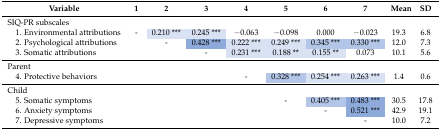
<table><thead><tr><td><b>Variable</b></td><td><b>1</b></td><td><b>2</b></td><td><b>3</b></td><td><b>4</b></td><td><b>5</b></td><td><b>6</b></td><td><b>7</b></td><td><b>Mean</b></td><td><b>SD</b></td></tr></thead><tbody><tr><td>SIQ-PR subscales</td><td></td><td></td><td></td><td></td><td></td><td></td><td></td><td></td><td></td></tr><tr><td> 1. Environmental attributions</td><td>-</td><td>0.210 ***</td><td>0.245 ***</td><td>−0.063</td><td>−0.098</td><td>0.000</td><td>−0.023</td><td>19.3</td><td>6.8</td></tr><tr><td> 2. Psychological attributions</td><td></td><td>-</td><td>0.428 ***</td><td>0.222 ***</td><td>0.249 ***</td><td>0.345 ***</td><td>0.330 ***</td><td>12.0</td><td>7.3</td></tr><tr><td> 3. Somatic attributions</td><td></td><td></td><td>-</td><td>0.231 ***</td><td>0.188 **</td><td>0.155 **</td><td>0.073</td><td>10.1</td><td>5.6</td></tr><tr><td>Parent</td><td></td><td></td><td></td><td></td><td></td><td></td><td></td><td></td><td></td></tr><tr><td> 4. Protective behaviors</td><td></td><td></td><td></td><td>-</td><td>0.328 ***</td><td>0.254 ***</td><td>0.263 ***</td><td>1.4</td><td>0.6</td></tr><tr><td>Child</td><td></td><td></td><td></td><td></td><td></td><td></td><td></td><td></td><td></td></tr><tr><td> 5. Somatic symptoms</td><td></td><td></td><td></td><td></td><td>-</td><td>0.405 ***</td><td>0.483 ***</td><td>30.5</td><td>17.8</td></tr><tr><td> 6. Anxiety symptoms</td><td></td><td></td><td></td><td></td><td></td><td>-</td><td>0.521 ***</td><td>42.9</td><td>19.1</td></tr><tr><td> 7. Depressive symptoms</td><td></td><td></td><td></td><td></td><td></td><td></td><td>-</td><td>10.0</td><td>7.2</td></tr></tbody></table>